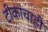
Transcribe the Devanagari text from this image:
टीकांचाही